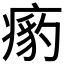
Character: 𱱟